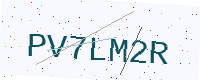
Text: PV7LM2R